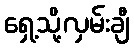
ရှေ့သို့လှမ်းချီ